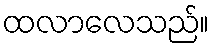
ထလာလေသည်။